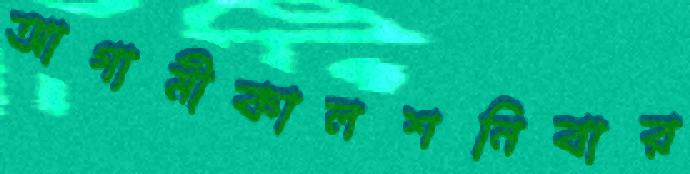
আগামীকালশনিবার